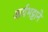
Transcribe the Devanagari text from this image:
आर्यभट्टाने